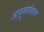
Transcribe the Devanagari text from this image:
अनुससंधान